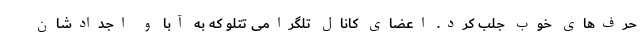
حرف‌های خوب جلب کرد. اعضای کانال تلگرامی تتلو که به آبا و اجدادشان